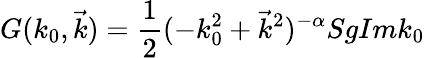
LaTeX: G(k_{0},\vec{k})=\frac{1}{2}(-k_{0}^{2}+\vec{k}^{2})^{-\alpha}SgImk_{0}